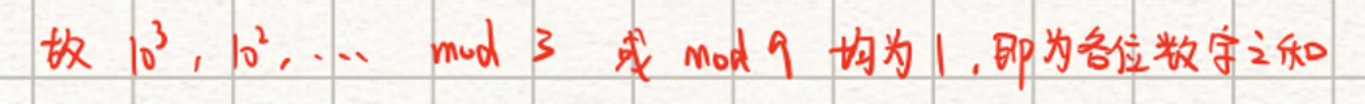
故 \(10^3\), \(10^2\), \(\cdots\) \(mod\ 3\) 或 \(mod\ 9\) 均为\(1\), 即为各位数字之和